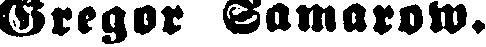
Gregor Samarow.